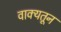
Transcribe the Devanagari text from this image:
वाक्यतून